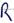
Text: R